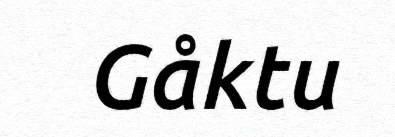
Gåktu